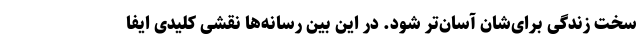
سخت زندگی برای‌شان آسان‌تر شود. در این بین رسانه‌ها نقشی کلیدی ایفا